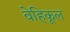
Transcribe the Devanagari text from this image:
वेहिकूल